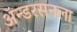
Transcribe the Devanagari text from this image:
ॲन्डरसनला